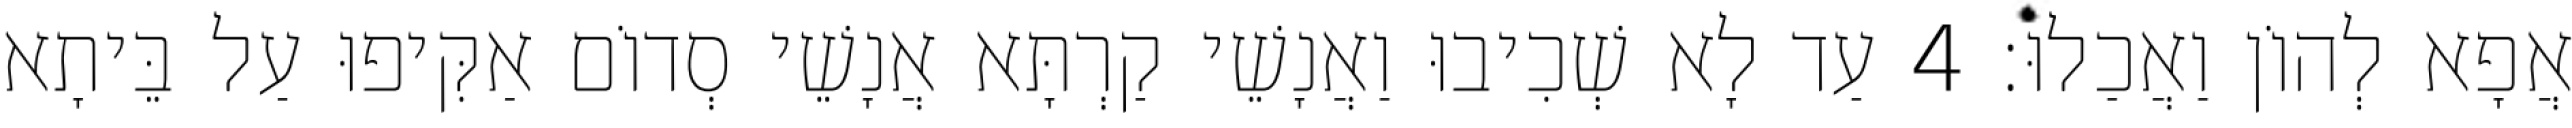
אֲפָא לְהוֹן וַאֲכַלוּ׃ 4 עַד לָא שְׁכִיבוּ וַאֲנָשֵׁי קַרְתָּא אֲנָשֵׁי סְדוֹם אַקִּיפוּ עַל בֵּיתָא